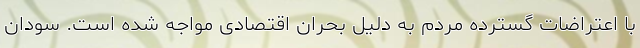
با اعتراضات گسترده مردم به دلیل بحران اقتصادی مواجه شده است. سودان